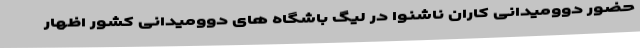
حضور دوومیدانی کاران ناشنوا در لیگ باشگاه های دوومیدانی کشور اظهار